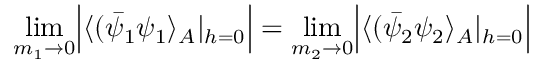
\operatorname * { l i m } _ { m _ { 1 } \rightarrow 0 } \Bigl | \langle ( \bar { \psi } _ { 1 } \psi _ { 1 } \rangle _ { A } | _ { h = 0 } \Bigr | = \operatorname * { l i m } _ { m _ { 2 } \rightarrow 0 } \Bigl | \langle ( \bar { \psi } _ { 2 } \psi _ { 2 } \rangle _ { A } | _ { h = 0 } \Bigr |